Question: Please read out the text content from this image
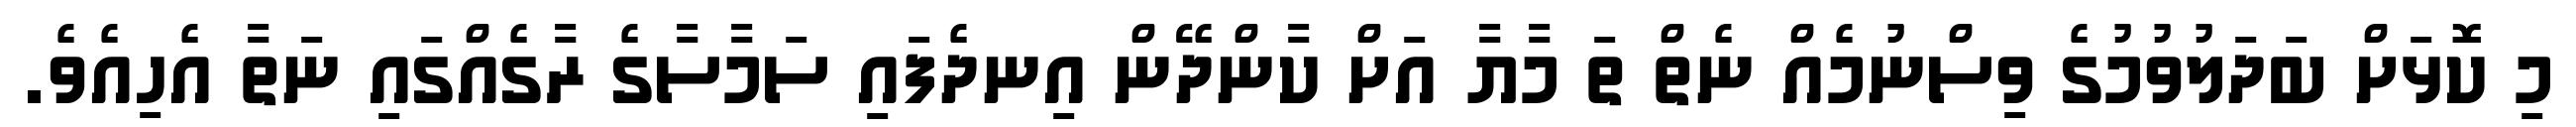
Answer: މި ކޮޅަށް ބަދަލުވުމުގެ ވިސްނުމެއް ނެތް ތަ މާޔާ އަށް ކާންދޭން އިނދެފައި ސަމާސާގެ ރާގެއްގައި ނަތާ އެހިއެވެ.